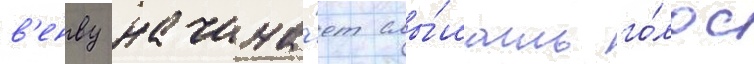
в'енву начина́ет слы́шать го́лос